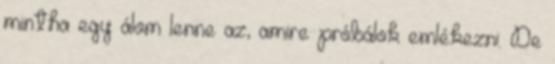
mintha egy álom lenne az, amire próbálok emlékezni. De